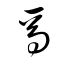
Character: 焉